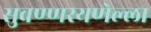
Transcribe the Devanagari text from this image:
सुवण्णरयणेल्ला